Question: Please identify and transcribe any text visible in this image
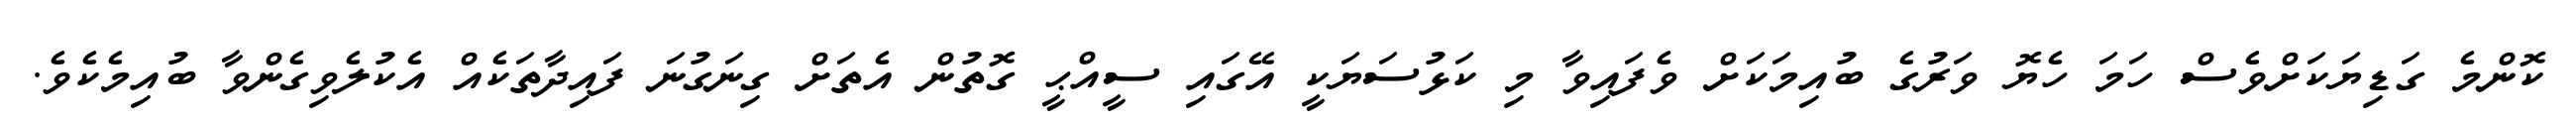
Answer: ކޮންމެ ގަޑިޔަކަށްވެސް ހަމަ ހެޔޮ ވަރުގެ ބުއިމަކަށް ވެފައިވާ މި ކަޅުސަޔަކީ އޭގައި ސީއްޙީ ގޮތުން އެތަށް ގިނަގުނަ ފައިދާތަކެއް އެކުލެވިގެންވާ ބުއިމެކެވެ.